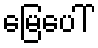
မြေပေါ်